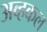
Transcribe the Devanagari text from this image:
अव्हकल